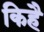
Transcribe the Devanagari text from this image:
किहै